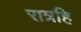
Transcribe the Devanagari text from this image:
रात्रहि